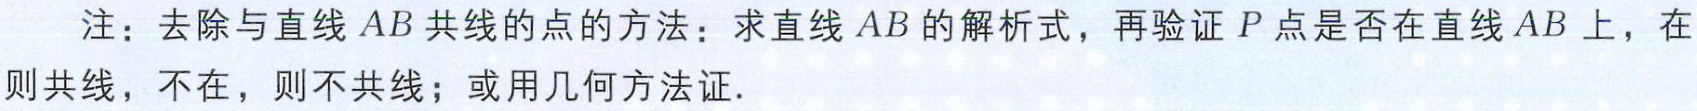
注：去除与直线 \(AB\) 共线的点的方法：求直线 \(AB\) 的解析式，再验证 \(P\) 点是否在直线 \(AB\) 上，在则共线，不在，则不共线；或用几何方法证.